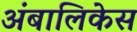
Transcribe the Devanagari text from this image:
अंबालिकेस